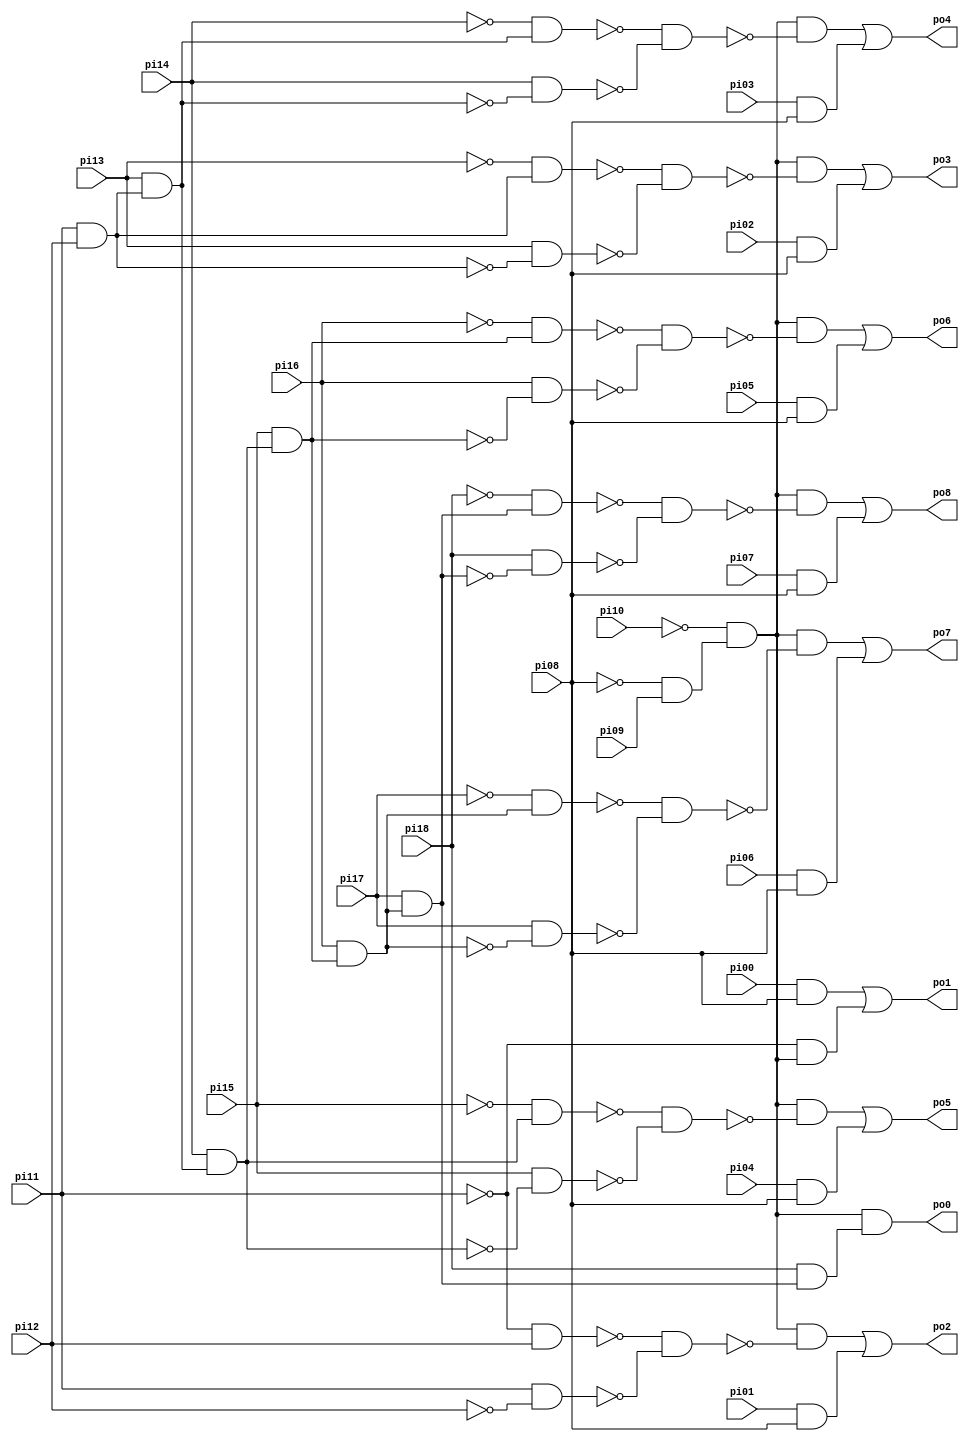
// Benchmark "pcle_cl" written by ABC on Sun Apr 22 21:43:11 2018

module pcle_cl ( 
    pi00, pi01, pi02, pi03, pi04, pi05, pi06, pi07, pi08, pi09, pi10, pi11,
    pi12, pi13, pi14, pi15, pi16, pi17, pi18,
    po0, po1, po2, po3, po4, po5, po6, po7, po8  );
  input  pi00, pi01, pi02, pi03, pi04, pi05, pi06, pi07, pi08, pi09,
    pi10, pi11, pi12, pi13, pi14, pi15, pi16, pi17, pi18;
  output po0, po1, po2, po3, po4, po5, po6, po7, po8;
  wire n29, n30, n31, n32, n33, n34, n35, n36, n37, n39, n40, n42, n43, n44,
    n45, n46, n48, n49, n50, n51, n52, n54, n55, n56, n57, n58, n60, n61,
    n62, n63, n64, n66, n67, n68, n69, n70, n72, n73, n74, n75, n76, n78,
    n79, n80, n81, n82;
  assign n29 = pi11 & pi12;
  assign n30 = pi13 & n29;
  assign n31 = pi14 & n30;
  assign n32 = pi15 & n31;
  assign n33 = pi16 & n32;
  assign n34 = pi17 & n33;
  assign n35 = ~pi08 & pi09;
  assign n36 = ~pi10 & n35;
  assign n37 = pi18 & n34;
  assign po0 = n36 & n37;
  assign n39 = pi00 & pi08;
  assign n40 = ~pi11 & n36;
  assign po1 = n39 | n40;
  assign n42 = ~pi11 & pi12;
  assign n43 = pi11 & ~pi12;
  assign n44 = ~n42 & ~n43;
  assign n45 = n36 & ~n44;
  assign n46 = pi01 & pi08;
  assign po2 = n45 | n46;
  assign n48 = ~pi13 & n29;
  assign n49 = pi13 & ~n29;
  assign n50 = ~n48 & ~n49;
  assign n51 = n36 & ~n50;
  assign n52 = pi02 & pi08;
  assign po3 = n51 | n52;
  assign n54 = ~pi14 & n30;
  assign n55 = pi14 & ~n30;
  assign n56 = ~n54 & ~n55;
  assign n57 = n36 & ~n56;
  assign n58 = pi03 & pi08;
  assign po4 = n57 | n58;
  assign n60 = ~pi15 & n31;
  assign n61 = pi15 & ~n31;
  assign n62 = ~n60 & ~n61;
  assign n63 = n36 & ~n62;
  assign n64 = pi04 & pi08;
  assign po5 = n63 | n64;
  assign n66 = ~pi16 & n32;
  assign n67 = pi16 & ~n32;
  assign n68 = ~n66 & ~n67;
  assign n69 = n36 & ~n68;
  assign n70 = pi05 & pi08;
  assign po6 = n69 | n70;
  assign n72 = ~pi17 & n33;
  assign n73 = pi17 & ~n33;
  assign n74 = ~n72 & ~n73;
  assign n75 = n36 & ~n74;
  assign n76 = pi06 & pi08;
  assign po7 = n75 | n76;
  assign n78 = ~pi18 & n34;
  assign n79 = pi18 & ~n34;
  assign n80 = ~n78 & ~n79;
  assign n81 = n36 & ~n80;
  assign n82 = pi07 & pi08;
  assign po8 = n81 | n82;
endmodule